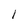
Character: 1